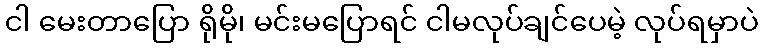
ငါ မေးတာပြော ရိုမို၊ မင်းမပြောရင် ငါမလုပ်ချင်ပေမဲ့ လုပ်ရမှာပဲ